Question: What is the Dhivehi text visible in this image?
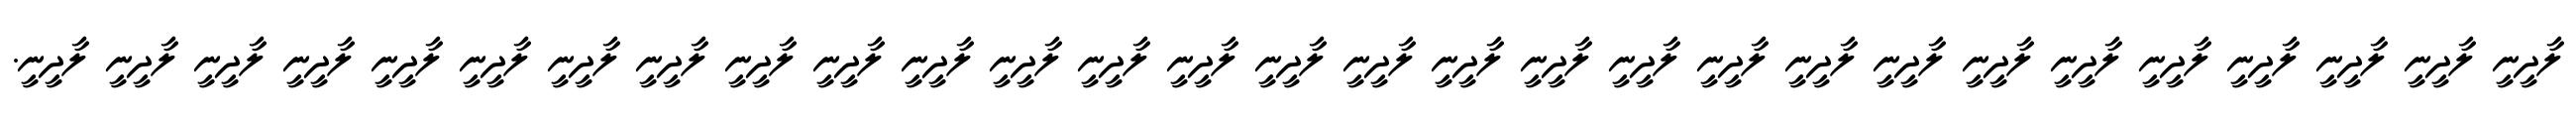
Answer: ލާދީނީ ލާދީނީ ލާދީނީ ލާދީނީ ލާދީނީ ލާދީނީ ލާދީނީ ލާދީނީ ލާދީނީ ލާދީނީ ލާދީނީ ލާދީނީ ލާދީނީ ލާދީނީ ލާދީނީ ލާދީނީ ލާދީނީ ލާދީނީ ލާދީނީ ލާދީނީ ލާދީނީ ލާދީނީ ލާދީނީ ލާދީނީ ލާދީނީ ލާދީނީ ލާދީނީ ލާދީނީ ލާދީނީ.